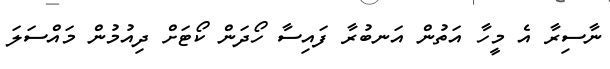
ނާސިރާ އެ މީހާ އަތުން އަނބުރާ ފައިސާ ހޯދަން ކޯޓަށް ދިއުމުން މައްސަލަ